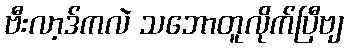
ဗီးလာ့ဒ်ကလဲ သဘောတူလိုက်ပြီဗျ